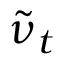
\tilde { \nu } _ { t }